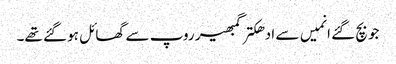
جو بچ گئے انمیں سے ادھکتر گمبھیر روپ سے گھائل ہو گئے تھے۔